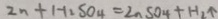
Z n + H _ { 2 } S O _ { 4 } = Z n S O _ { 4 } + H _ { 2 } \uparrow